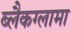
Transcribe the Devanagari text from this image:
ब्लैकग्लामा